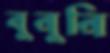
বুনুনি